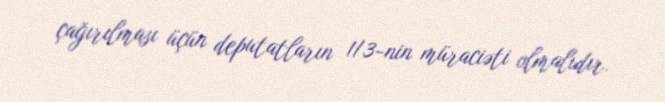
çağırılması üçün deputatların 1/3-nin müraciəti olmalıdır.